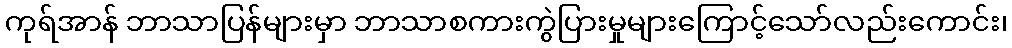
ကုရ်အာန် ဘာသာပြန်များမှာ ဘာသာစကားကွဲပြားမှုများကြောင့်သော်လည်းကောင်း၊